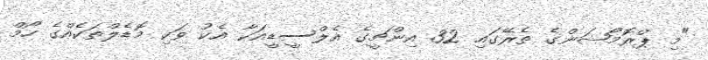
"މި ޕްރޮމޯޝަންގެ ތެރޭގައި 32 އިންޗީގެ އެލްސީޑީއަކާ އެކު ވަކި މޮޑެލްތަކެއްގެ ހޯމް